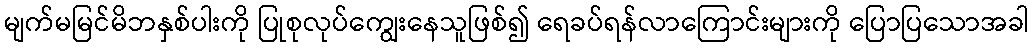
မျက်မမြင်မိဘနှစ်ပါးကို ပြုစုလုပ်ကျွေးနေသူဖြစ်၍ ရေခပ်ရန်လာကြောင်းများကို ပြောပြသောအခါ